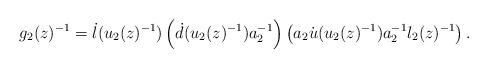
LaTeX: \begin{align*}g_2(z)^{-1}=\dot{l}(u_2(z)^{-1})\left (\dot{d}(u_2(z)^{-1})a_2^{-1} \right ) \left (a_2\dot{u}(u_2(z)^{-1}) a_2^{-1} l_2(z)^{-1}\right).\end{align*}